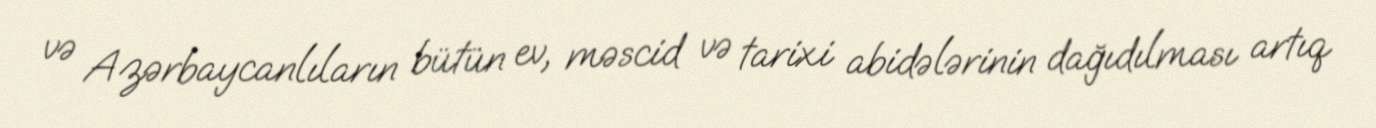
və Azərbaycanlıların bütün ev, məscid və tarixi abidələrinin dağıdılması artıq